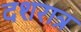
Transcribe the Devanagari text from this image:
दशरात्र